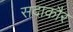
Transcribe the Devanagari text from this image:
सदाकौर